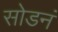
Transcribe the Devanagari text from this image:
सोडनं